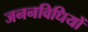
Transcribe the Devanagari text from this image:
जननविधियों